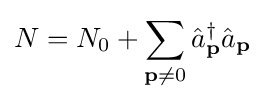
N=N_{0}+\sum _{\mathbf {p} \neq 0}{\hat {a}}_{\mathbf {p} }^{\dagger }{\hat {a}}_{\mathbf {p} }